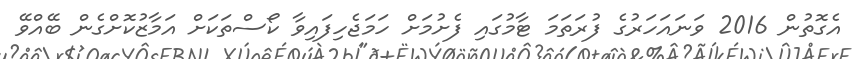
އެގޮތުން 2016 ވަނައަހަރުގެ ފުރަތަމަ ޓާމުގައި ފެށުމަށް ހަމަޖެހިފައިވާ ކޯސްތަކަށް އަމާޒުކޮށްގެން ބޭއްވޭ